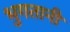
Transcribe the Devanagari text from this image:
भुगतानी